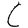
Character: C